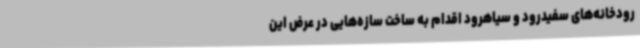
رودخانه‌های سفیدرود و سیاهرود اقدام به ساخت سازه‌هایی در عرض این